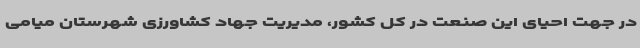
در جهت احیای این صنعت در کل کشور، مدیریت جهاد کشاورزی شهرستان میامی